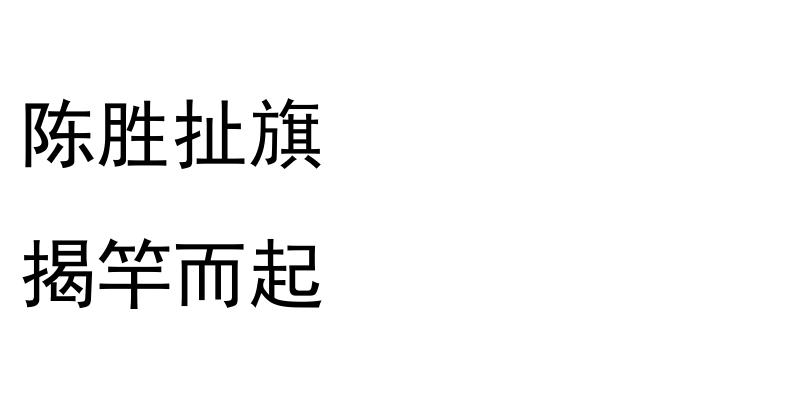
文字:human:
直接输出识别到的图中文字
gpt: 陈胜扯旗 揭竿而起